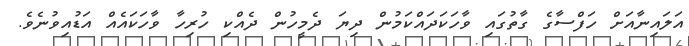
އަލައިނާއަށް ހަފްސާގެ ގާތުގައި ވާހަކަދައްކަމުން ދިޔަ ދެމީހުން ދެއްކި ހުރިހާ ވާހަކައެއް އަޑުއިވުނެވެ.